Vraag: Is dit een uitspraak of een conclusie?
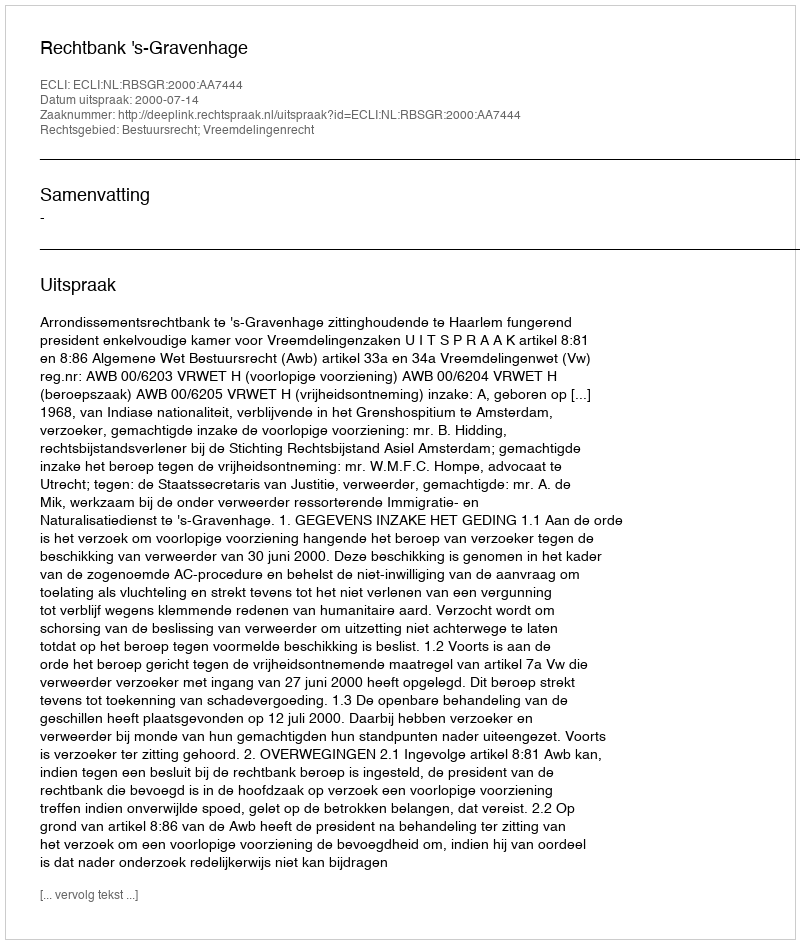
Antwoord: Uitspraak